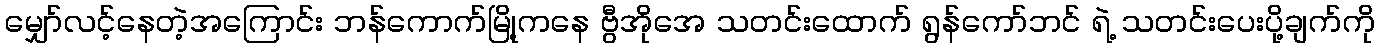
မျှော်လင့်နေတဲ့အကြောင်း ဘန်ကောက်မြို့ကနေ ဗွီအိုအေ သတင်းထောက် ရွန်ကော်ဘင် ရဲ့ သတင်းပေးပို့ချက်ကို